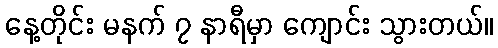
နေ့တိုင်း မနက် ၇ နာရီမှာ ကျောင်း သွားတယ်။